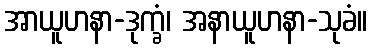
အာယူဟနာ-ဒုက္ခံ၊ အနာယူဟနာ-သုခံ။